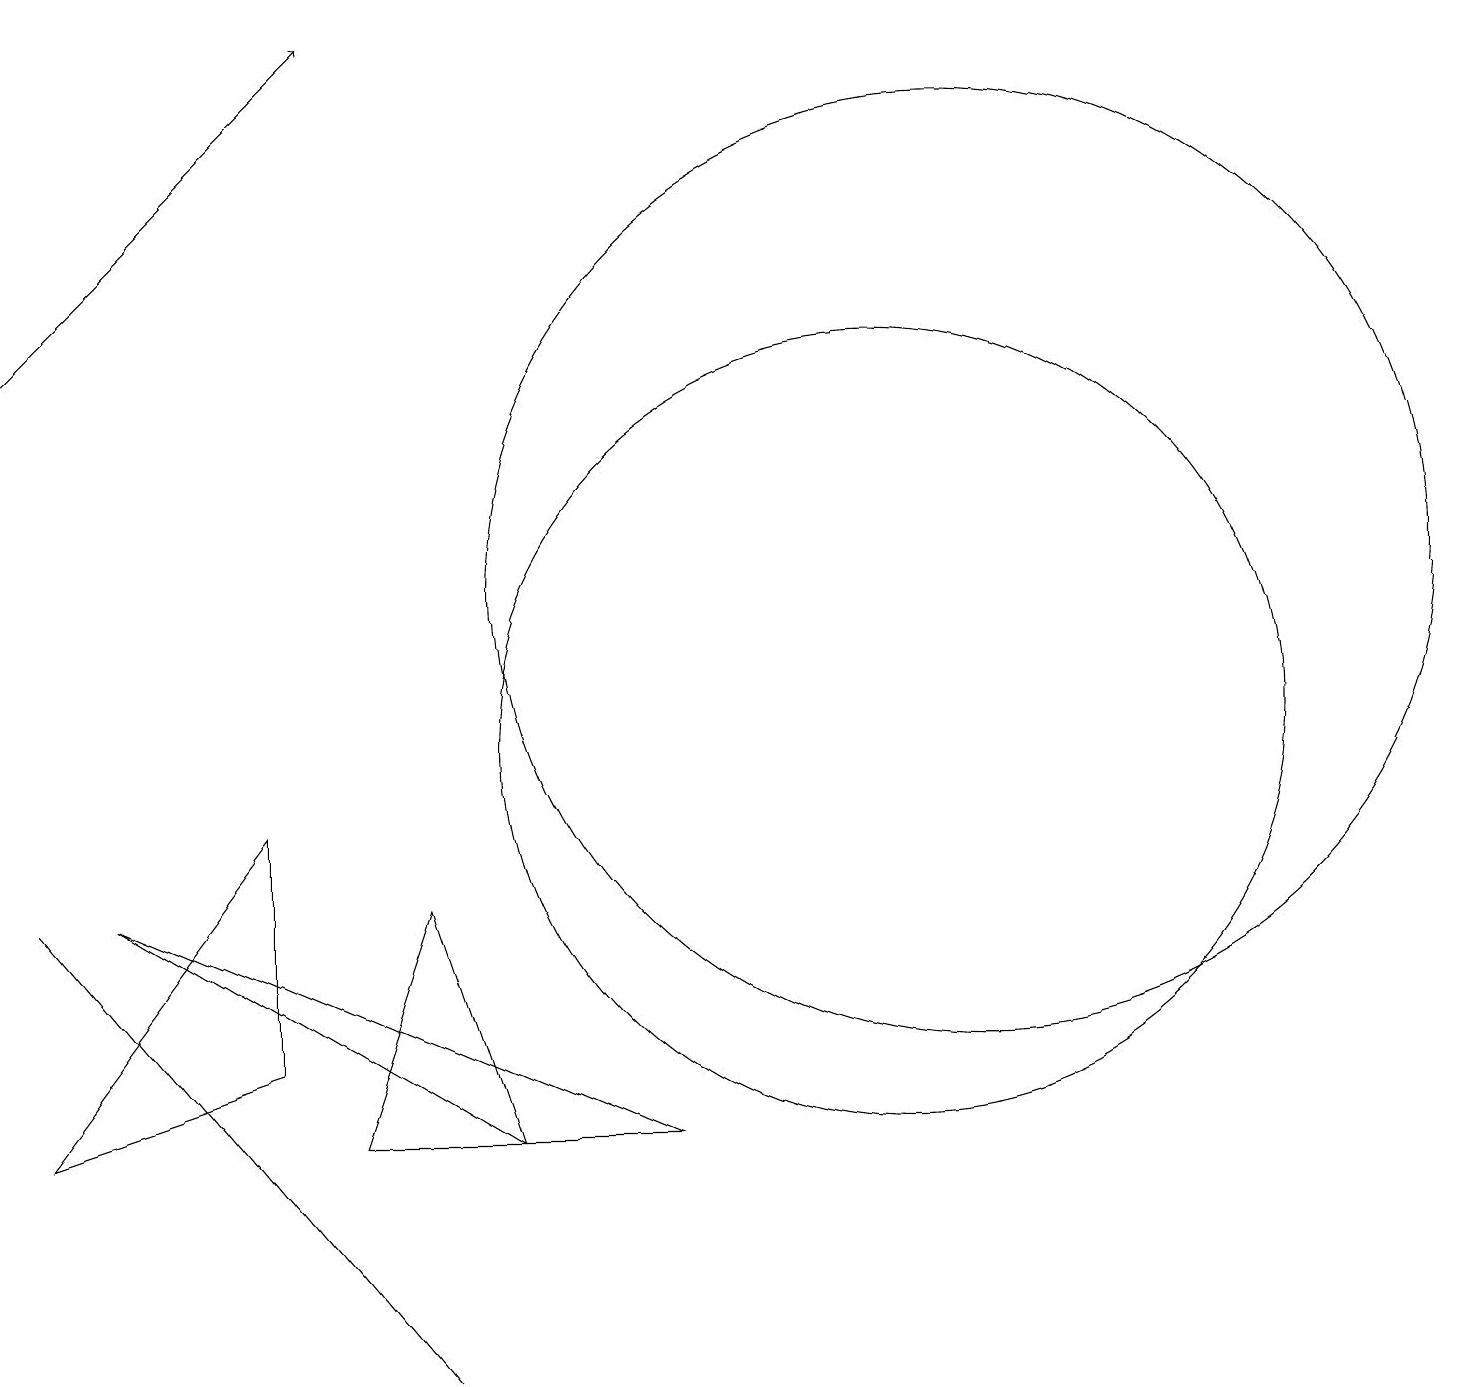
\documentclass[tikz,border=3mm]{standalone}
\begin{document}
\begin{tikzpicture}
\draw (11,10) circle (5);
\draw (5,2) -- (5,2) -- (0,8) -- cycle;
\draw (3,6) -- (0,5) -- (3,9) -- cycle;
\draw (12,12) circle (6);
\draw (4,5) -- (6,5) -- (5,8) -- cycle;
\draw[->] (0,15) -- (4,19);
\draw (6,5) -- (1,8) -- (8,5) -- cycle;
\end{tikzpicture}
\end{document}